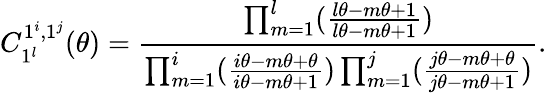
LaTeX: C_{1^{l}}^{1^{i},1^{j}}(\theta)=\frac{\prod_{m=1}^{l}(\frac{l\theta-m\theta+1}{l\theta-m\theta+1})}{\prod_{m=1}^{i}(\frac{i\theta-m\theta+\theta}{i\theta-m\theta+1})\prod_{m=1}^{j}(\frac{j\theta-m\theta+\theta}{j\theta-m\theta+1})}.